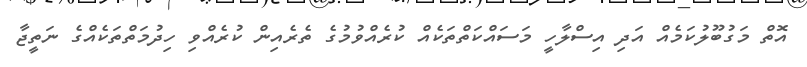
އޮތް މަގުބޫލުކަމެއް އަދި އިސްލާހީ މަސައްކަތްތަކެއް ކުރެއްވުމުގެ ތެރެއިން ކުރެއްވި ހިދުމަތްތަކެއްގެ ނަތީޖާ